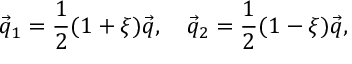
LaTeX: \vec { q } _ { 1 } = \frac { 1 } { 2 } ( 1 + \xi ) \vec { q } , \quad \vec { q } _ { 2 } = \frac { 1 } { 2 } ( 1 - \xi ) \vec { q } , \quad